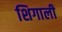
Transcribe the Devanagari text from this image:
शिगाली